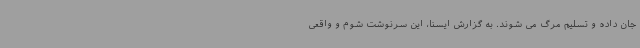
جان داده و تسلیم مرگ می شوند. به گزارش ایسنا، این سرنوشت شوم و واقعی